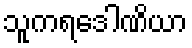
သူကရဒေါဏိယာ